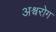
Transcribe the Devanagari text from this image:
अश्वरोग